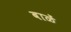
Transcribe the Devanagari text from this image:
बाळें